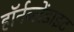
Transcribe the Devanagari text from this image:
हॉर्नब्लेंडाइट